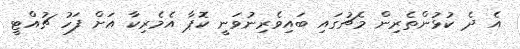
އެ ދެ ކުޅުންތެރިން މެޗުގައި ބައިވެރިނުވަނީ ކޮޕާ އެމެރިކާ އަށް ފަހު ޗުއްޓީ